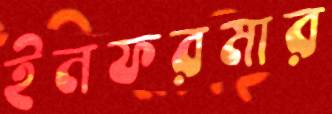
ইনফরমার